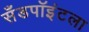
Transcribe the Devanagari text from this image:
सँडपॉइंटला